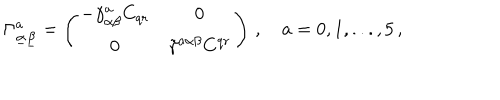
\Gamma _ { \underline { { \alpha } } \underline { { \beta } } } ^ { a } = \left( \begin{array} { c c } { { - \gamma _ { \alpha \beta } ^ { a } C _ { q r } } } & { { 0 } } \\ { { 0 } } & { { \tilde { \gamma } ^ { a \alpha \beta } C ^ { q r } } } \\ \end{array} \right) \, , \quad a = 0 , 1 , . . . , 5 \, ,